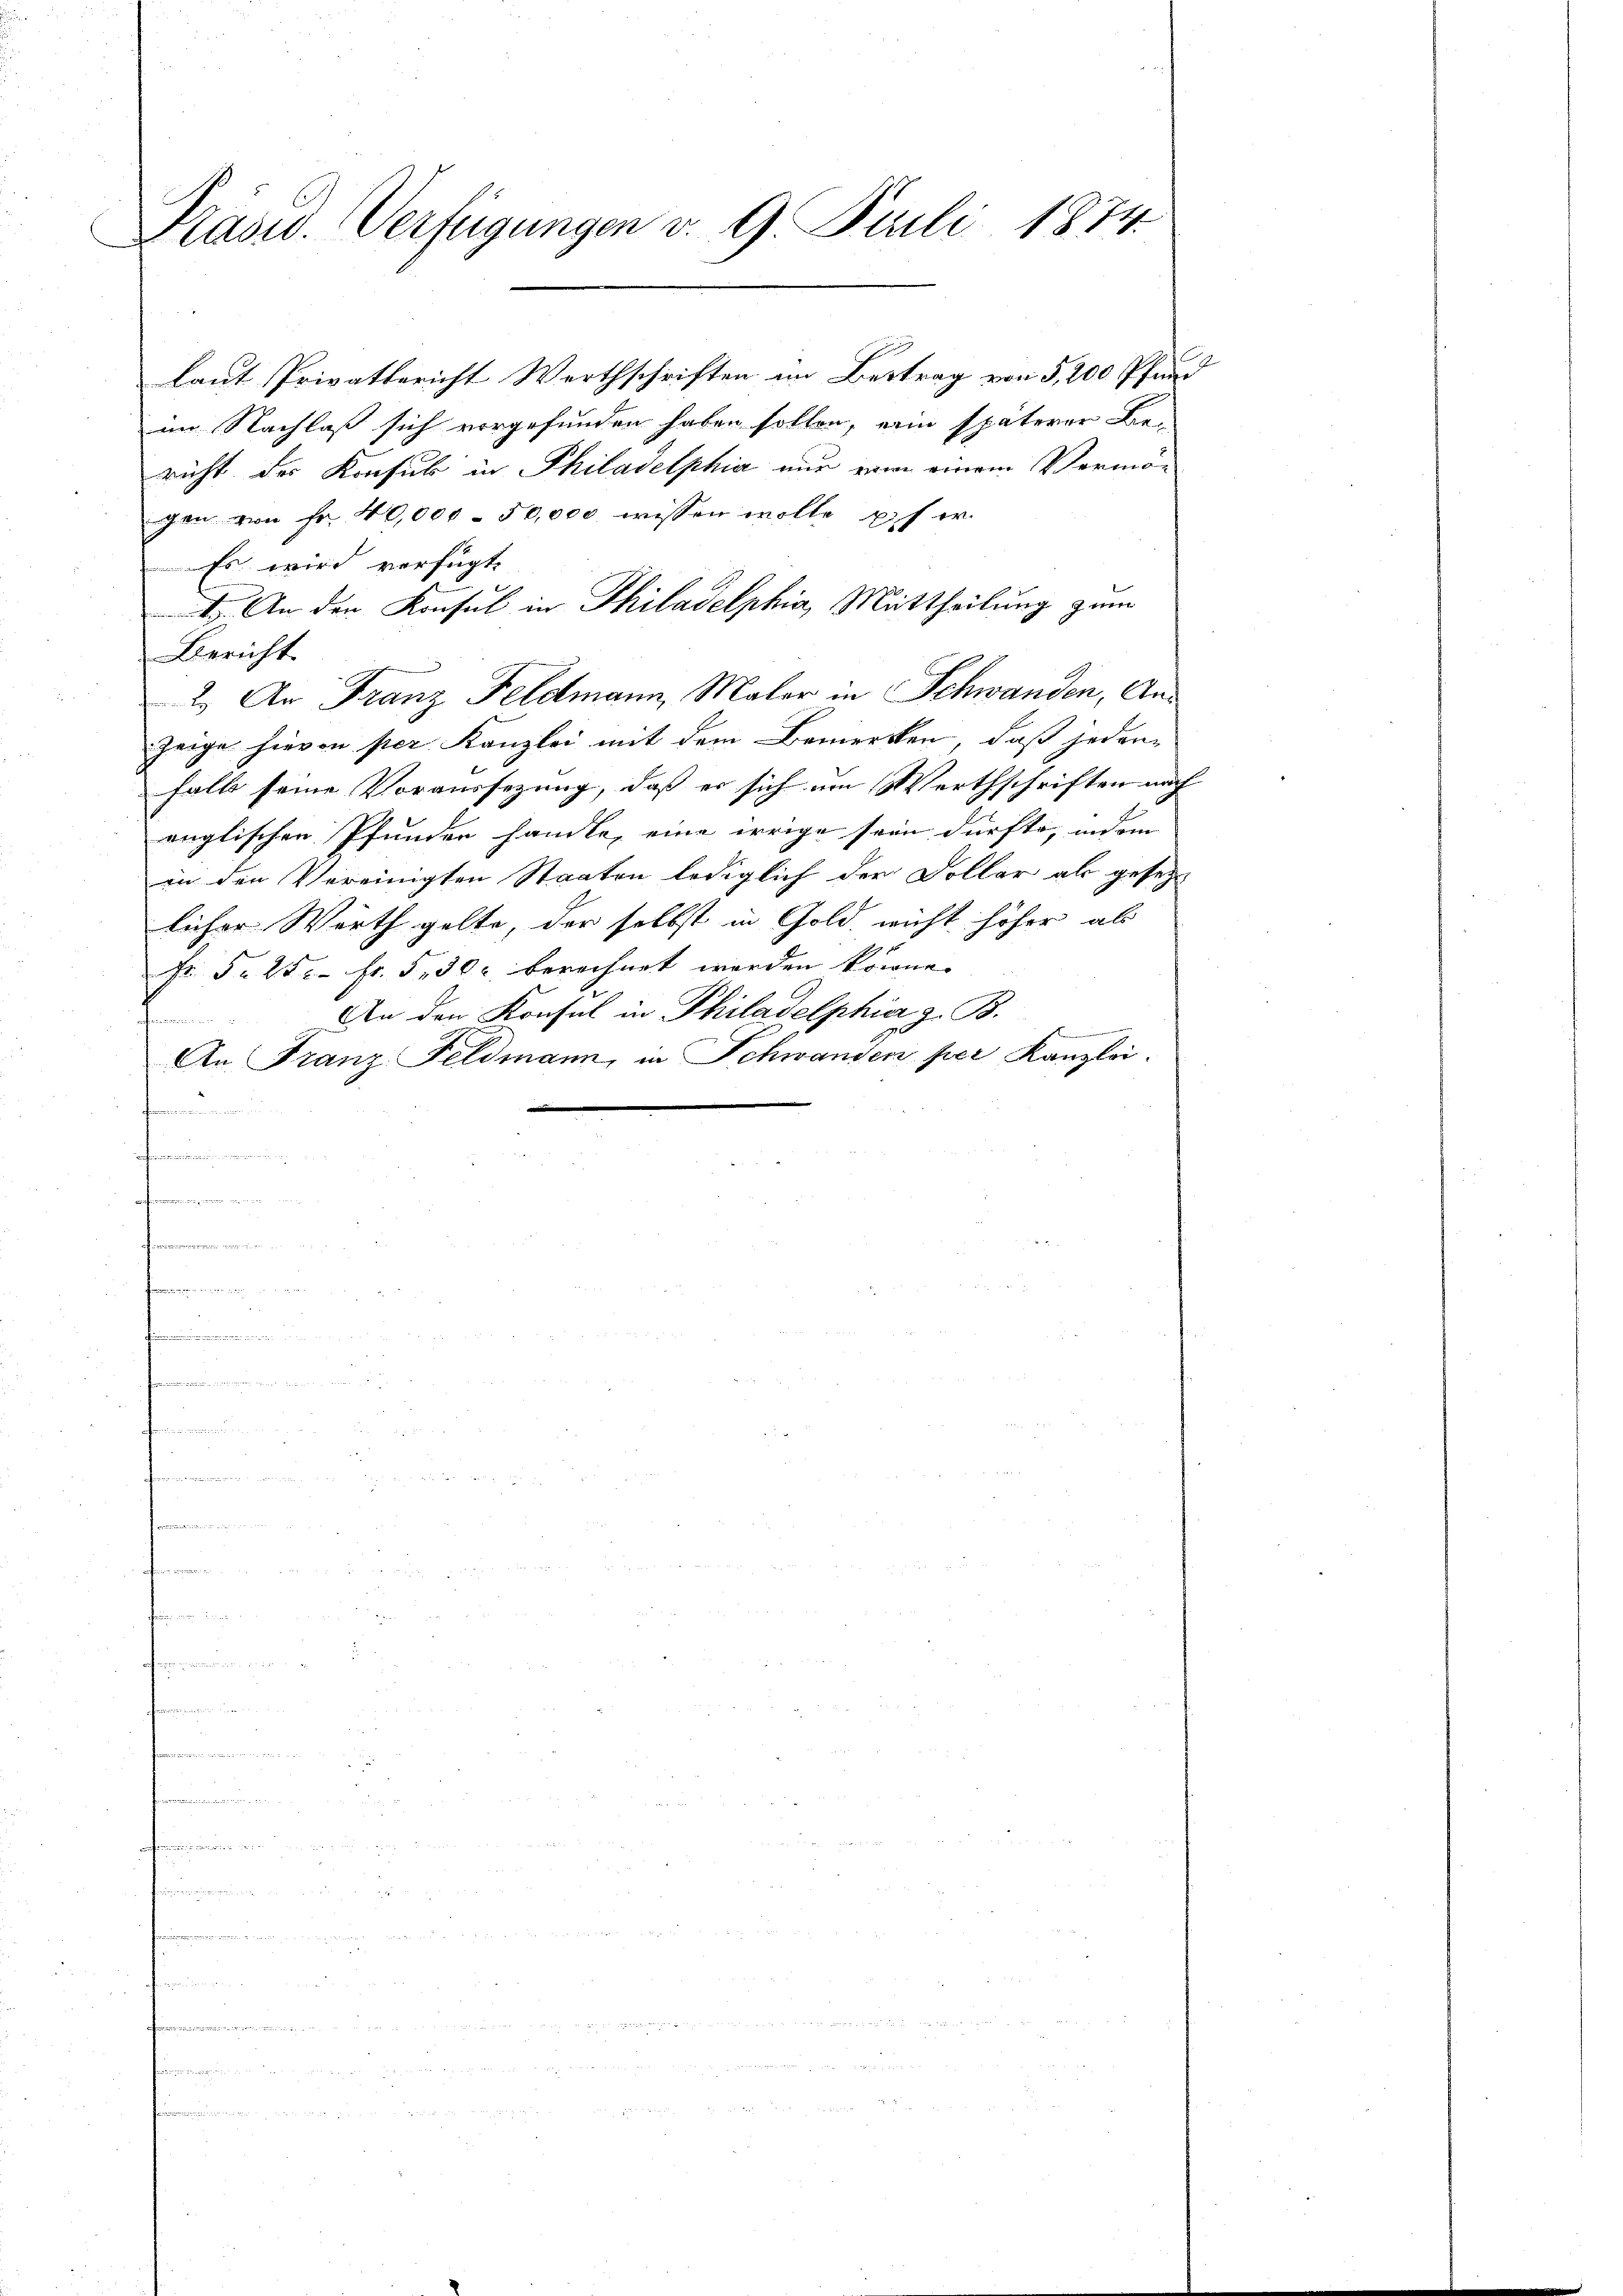
Präsid. Verfügungen v. 9. Juli 1874.

laut Privatbericht Werthschriften im Bestrag von 5,200 Pfunim Nachlaß sich vorgefunden haben sollen, ein späterer Be-
richt der Konsul in Philadelphia nur eine einem Vermögen von Fr. 40,000 - 50,000 wissen wolle, pfer
Es wird verfügt,
1. An den Konsul in Philadelphia Mittheilung zum
Bericht.
2.) An Franz Feldmann, Maler in Schwanden, Anzeige hievon per Kanzlei mit dem Bemerken, daß jeden
halb seine Voraussezung, daß es sich am Werthschriften nach
englischen Pfunden handle, eine irrige sein dürfte, indem
in den Vereinigten Staaten lediglich der Dollar als gesetz
licher Wirth gelte, der selbst in Gold nicht höher als
Fr. Fr. 25. Fr. 530. berechnet werden könne.
An den Konsul in Philadelphier z. B.
e
men seine
An Franz Feldmann, in Schwanden per Kanzlei.
n
n

.

E